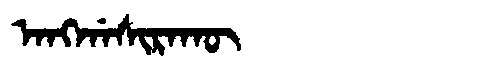
Manchu: ᠠᠩᡤᠠᠰᡳᡵᠠᡴᡡ
Romanization: ANGGASIRAKŪ